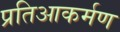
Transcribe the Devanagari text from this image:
प्रतिआकर्मण